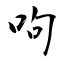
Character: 呴